Vaccination in Burma 1900-1911 - 1900-1911
Year: 1900
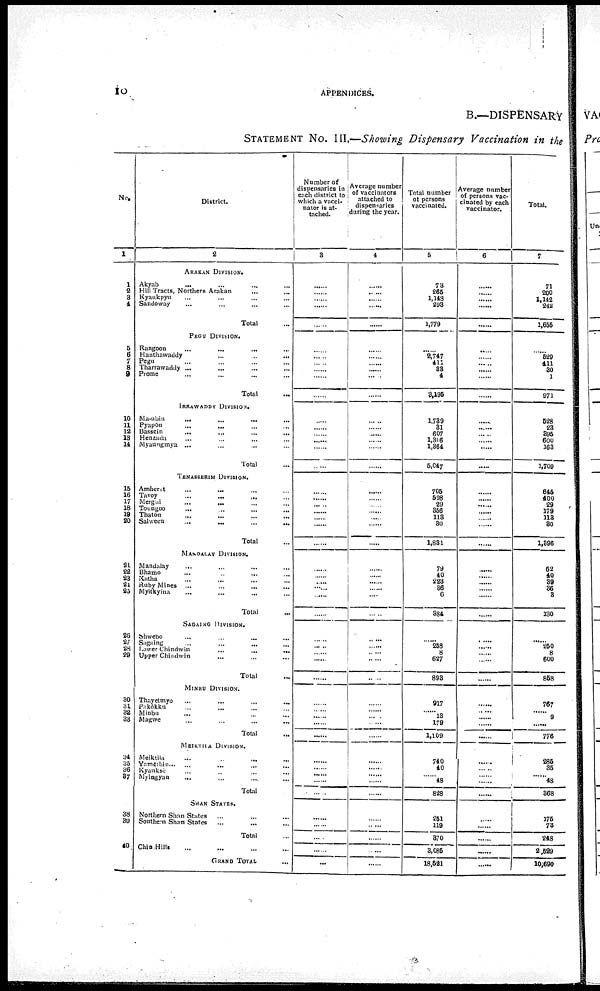
10
APPENDICES.
B.—DISPENSARY
STATEMENT No. III.—Showing Dispensary Vaccination in the
No.
1
1
2
3
4
5
6
7
8
9
10
11
12
13
14
15
16
17
18
19
20
21
22
23
24
25
28
27
28
29
30
31
32
33
34
35
36
37
38
39
40
District.
2
ARAKAN DIVISION.
Akyab
...
...
...
...
Hill Tracts, Northern Arakan... ... ...
Kyaukpyu... ...
Sandoway... ...
Total...
PEGU DIVISION.
Rangoon
...
...
...
Hanthawaddy...
...
Pegu... ...
Tharrawaddy ... ...
Prome... ...
Total... ...
IRRAWADDY DIVISION.
Ma-ubin
...
...
Pyapôn... ...
Bassein... ...
Henzada... ...
Myaungmya... ...
Total...
TENASSERIM DIVISION.
Amherst... ...
Tavoy...
...
Mergui... ...
Toungoo...
...
Thatôn... ...
Salween...
...
Total...
MAINDALAY DIVISION.
Mandalay...
...
Bhamo... ...
Katha... ...
Ruby Mines ... ...
Myitkyina... ...
Total...
SAGAING DIVISION.
Shwebo...
...
Sagaing... ...
Lower
Chindwin...
...
Upper Chindwin... ...
Total...
MINBU DIVISION.
Thayetmyo
...
...
Pakôkku... ...
Minbu... ...
Magwe... ...
Total...
MEIKTILA DIVISION.
Meiktila... ...
Yamèthin...
...
Kyanksè... ...
Myingyan ... ...
Total...
SHAN STATES.
Northern Shan States...
Southern Shan
States...
Total...
Chin Hills... ...
GRAND TOTAL...
Number of
dispensaries in
each district to
which a vacci-
nator is at-
tached.
3
......
......
......
......
......
......
......
......
......
......
......
......
......
......
......
......
......
......
......
......
......
......
......
......
......
......
......
......
...... ......
......
......
......
......
......
......
......
......
......
......
......
......
......
......
......
......
......
......
......
......
......
Average number
of vaccinators
attached to
dispensaries
during the year.
4
......
......
......
......
......
......
......
......
......
......
......
......
......
......
......
......
......
......
......
......
......
......
......
......
......
......
......
......
......
......
......
......
......
......
......
......
......
......
......
......
......
......
......
......
......
......
......
......
......
......
Total number
of persons
vaccinated.
5
78
265
1,143
298
1,779
......
2,747
411
88
4
8,196
1,789
31
607
1,816
1,364
5,047
......
705
598
29
356
113
80
1,881
79
40
228
86
6
884
......
258
8
627
893
917
......
18
179
1,109
740
......
......
48
828
251
119
870
3,085
18,521
Average number
of persons vac-
cinated by each
vaccinator.
6
......
......
......
......
......
......
......
......
......
......
......
......
......
......
......
......
......
......
......
......
......
......
......
......
......
......
......
......
......
......
......
......
......
......
......
......
......
......
......
......
......
......
......
......
......
......
......
......
......
......
......
Total.
7
71
200
1,142
242
1,655
......
529
411
30
1
971
528
23
395
600
163
1,709
......
645
400
29
179
113
30
1,396
62
40
39
36
8
130
......
250
8
600
853
767
......
9
......
776
285
35
......
48
868
175
73
248
2,529
10,690